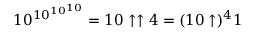
1 0 ^ { 1 0 ^ { 1 0 ^ { 1 0 } } } = 1 0 \uparrow \uparrow 4 = ( 1 0 \uparrow ) ^ { 4 } 1